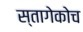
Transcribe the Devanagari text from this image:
स्तागेकोच